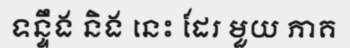
ទន្ទឹង និង នេះ ដែរ មួយ ភាគ